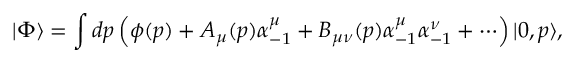
| \Phi \rangle = \int d p \left( \phi ( p ) + A _ { \mu } ( p ) \alpha _ { - 1 } ^ { \mu } + B _ { \mu \nu } ( p ) \alpha _ { - 1 } ^ { \mu } \alpha _ { - 1 } ^ { \nu } + \cdots \right) | 0 , p \rangle ,